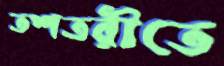
তশতরীতে